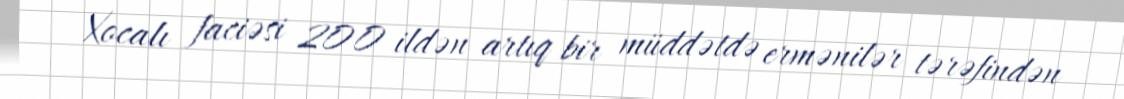
Xocalı faciəsi 200 ildən artıq bir müddətdə ermənilər tərəfindən